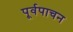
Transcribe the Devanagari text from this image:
पूर्वपाचन